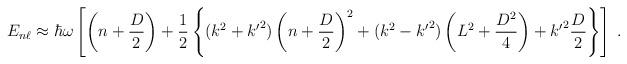
LaTeX: \begin{align*}E_{n\ell}\approx \hbar\omega\left[ \left( n + \frac{D}{2} \right) + \frac{1}{2} \left\{ (k^2 + {k'}^2 )\left( n + \frac{D}{2}\right)^2 + (k^2 - {k'}^2 )\left(L^2 + \frac{D^2}{4}\right) + {k'}^2\frac{D}{2} \right\}\right]\;.\end{align*}